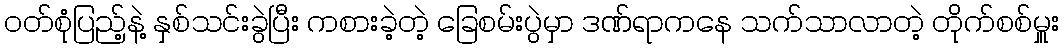
ဝတ်စုံပြည့်နဲ့ နှစ်သင်းခွဲပြီး ကစားခဲ့တဲ့ ခြေစမ်းပွဲမှာ ဒဏ်ရာကနေ သက်သာလာတဲ့ တိုက်စစ်မှူး